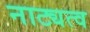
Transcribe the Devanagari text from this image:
नाट्यत्व